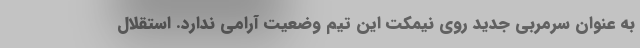
به عنوان سرمربی جدید روی نیمکت این تیم وضعیت آرامی ندارد. استقلال